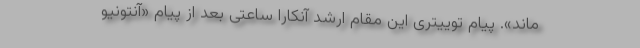
ماند». پیام توییتری این مقام ارشد آنکارا ساعتی بعد از پیام «آنتونیو